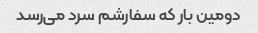
دومین بار که سفارشم سرد می‌رسد